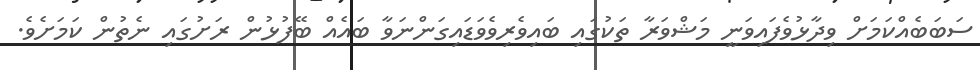
ސަބަބެއްކަމަށް ވިދާޅުވެފައިވަނީ މަޝްވަރާ ތަކުގައި ބައިވެރިވެވަޑައިގަންނަވާ ބައެއް ބޭފުޅުން ރަށުގައި ނެތުން ކަމަށެވެ.